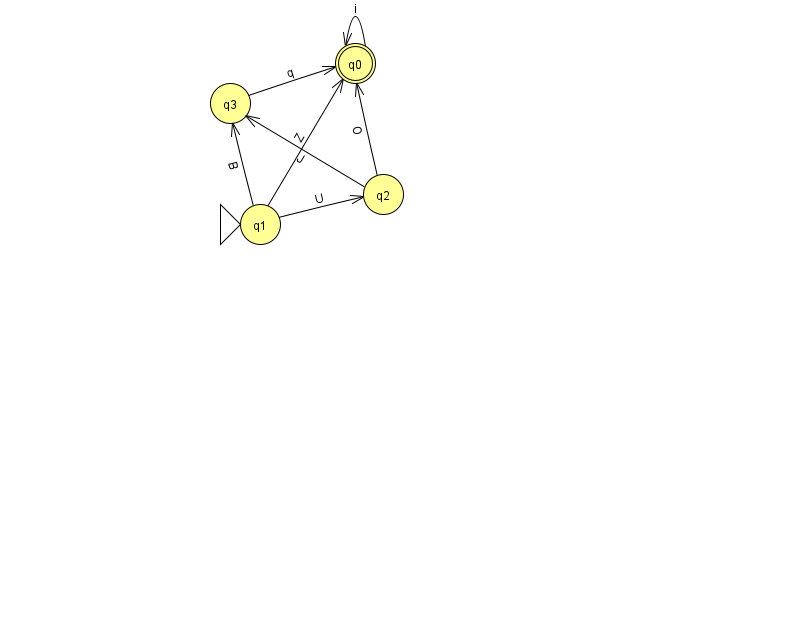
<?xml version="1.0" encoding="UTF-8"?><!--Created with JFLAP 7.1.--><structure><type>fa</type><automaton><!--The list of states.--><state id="0" name="q0"><x>355.0</x><y>50.0</y><final/></state><state id="1" name="q1"><x>260.0</x><y>211.0</y><initial/></state><state id="2" name="q2"><x>383.0</x><y>181.0</y></state><state id="3" name="q3"><x>230.0</x><y>90.0</y></state><!--The list of transitions.--><transition><from>1</from><to>2</to><read>U</read></transition><transition><from>2</from><to>3</to><read>J</read></transition><transition><from>0</from><to>0</to><read>i</read></transition><transition><from>1</from><to>0</to><read>Z</read></transition><transition><from>2</from><to>0</to><read>O</read></transition><transition><from>1</from><to>3</to><read>B</read></transition><transition><from>3</from><to>0</to><read>q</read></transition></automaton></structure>